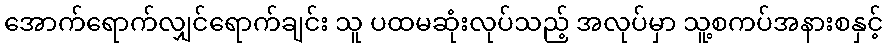
အောက်ရောက်လျှင်ရောက်ချင်း သူ ပထမဆုံးလုပ်သည့် အလုပ်မှာ သူ့စကပ်အနားစနှင့်